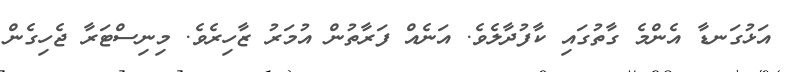
އަޅުގަނޑާ އެންމެ ގާތުގައި ކާފުދާލެވެ. އަނެއް ފަރާތުން އުމަރު ޒާހިރެވެ. މިނިސްޓަރާ ޖެހިގެން